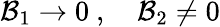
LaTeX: {\cal B}_{1}\rightarrow 0\ ,\quad{\cal B}_{2}\neq 0